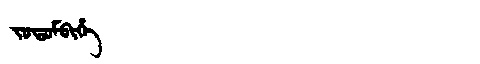
Manchu: ᠵᠣᡨᠣᠮᠪᡳᡥᡝ
Romanization: JOTOMBIHE